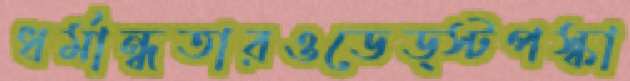
ধর্মান্ধতারওডেড্স্টপস্কা